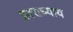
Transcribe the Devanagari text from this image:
प्रवराध्याय